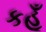
કહૂઁ